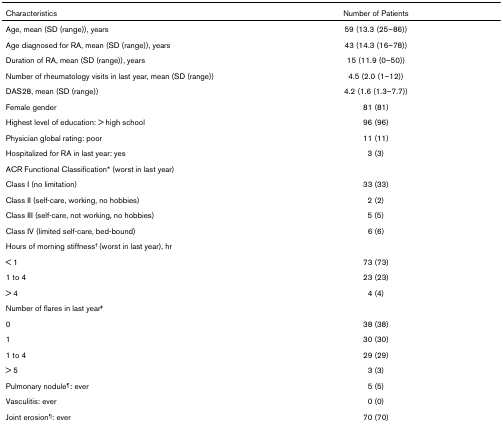
<table><thead><tr><td><b>Characteristics</b></td><td><b>Number of Patients</b></td></tr></thead><tbody><tr><td>Age, mean (SD (range)), years</td><td>59 (13.3 (25–86))</td></tr><tr><td>Age diagnosed for RA, mean (SD (range)), years</td><td>43 (14.3 (16–78))</td></tr><tr><td>Duration of RA, mean (SD (range)), years</td><td>15 (11.9 (0–50))</td></tr><tr><td>Number of rheumatology visits in last year, mean (SD (range))</td><td>4.5 (2.0 (1–12))</td></tr><tr><td>DAS28, mean (SD (range))</td><td>4.2 (1.6 (1.3–7.7))</td></tr><tr><td>Female gender</td><td>81 (81)</td></tr><tr><td>Highest level of education: &gt; high school</td><td>96 (96)</td></tr><tr><td>Physician global rating: poor</td><td>11 (11)</td></tr><tr><td>Hospitalized for RA in last year: yes</td><td>3 (3)</td></tr><tr><td>ACR Functional Classification* (worst in last year)</td><td></td></tr><tr><td>Class I (no limitation)</td><td>33 (33)</td></tr><tr><td>Class II (self-care, working, no hobbies)</td><td>2 (2)</td></tr><tr><td>Class III (self-care, not working, no hobbies)</td><td>5 (5)</td></tr><tr><td>Class IV (limited self-care, bed-bound)</td><td>6 (6)</td></tr><tr><td>Hours of morning stiffness<sup>† </sup>(worst in last year), hr</td><td></td></tr><tr><td>&lt; 1</td><td>73 (73)</td></tr><tr><td>1 to 4</td><td>23 (23)</td></tr><tr><td>&gt; 4</td><td>4 (4)</td></tr><tr><td>Number of flares in last year<sup>‡</sup></td><td></td></tr><tr><td>0</td><td>38 (38)</td></tr><tr><td>1</td><td>30 (30)</td></tr><tr><td>1 to 4</td><td>29 (29)</td></tr><tr><td>&gt; 5</td><td>3 (3)</td></tr><tr><td>Pulmonary nodule<sup>¶</sup>: ever</td><td>5 (5)</td></tr><tr><td>Vasculitis: ever</td><td>0 (0)</td></tr><tr><td>Joint erosion<sup>¶</sup>: ever</td><td>70 (70)</td></tr></tbody></table>